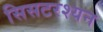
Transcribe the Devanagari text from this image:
सिसटरश्यन